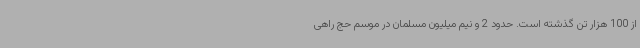
از 100 هزار تن گذشته است. حدود 2 و نیم میلیون مسلمان در موسم حج راهی